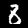
Digit: 8